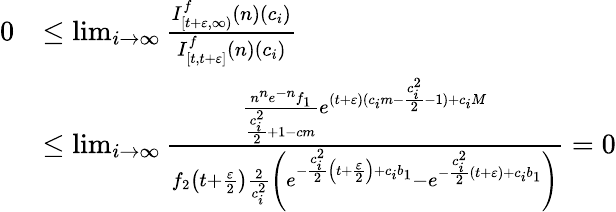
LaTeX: \begin{array}{rl}{0}&{\leq\operatorname*{lim}_{i\to\infty}\frac{I_{[t+\varepsilon,\infty)}^{f}(n)(c_{i})}{I_{[t,t+\varepsilon]}^{f}(n)(c_{i})}}\\ &{\leq\operatorname*{lim}_{i\to\infty}\frac{\frac{n^{n}e^{-n}f_{1}}{\frac{c_{i}^{2}}{2}+1-cm}e^{(t+\varepsilon)(c_{i}m-\frac{c_{i}^{2}}{2}-1)+c_{i}M}}{f_{2}\left(t+\frac{\varepsilon}{2}\right)\frac{2}{c_{i}^{2}}\left(e^{-\frac{c_{i}^{2}}{2}\left(t+\frac{\varepsilon}{2}\right)+c_{i}b_{1}}-e^{-\frac{c_{i}^{2}}{2}(t+\varepsilon)+c_{i}b_{1}}\right)}=0}\end{array}